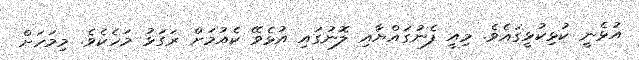
އުޅެނީ ކުޅިކުޅީގައެވެ. މިއީ ފެނުގައްޔާއި ލޮނުގައި އުޅެވޭ ކެއުމަށް ރަގަޅު މަހެކެވެ. މިމަހަށް